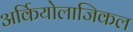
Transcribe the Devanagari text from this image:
अर्कियोलाजिकल